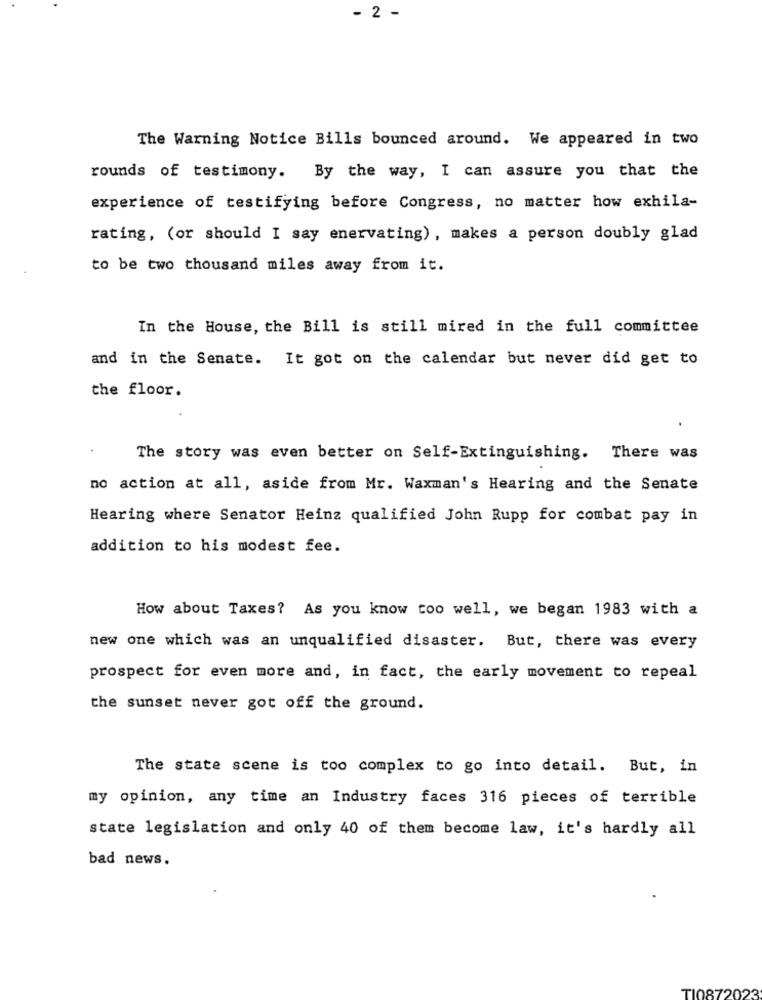
- 2 -
The Warning Notice Bills bounced around. We appeared in two
rounds of testimony. By the way, I can assure you that the
experience of testifying before Congress, no matter how exhila-
rating, (or should I say enervating), makes a person doubly glad
to be two thousand miles away from it.
In the House, the Bill is still mired in the full committee
and in the Senate. It got on the calendar but never did get to
the floor.
The story was even better on Self-Extinguishing. There was
no action at all, aside from Mr. Waxman's Hearing and the Senate
Hearing where Senator Heinz qualified John Rupp for combat pay in
addition to his modest fee.
How about Taxes? As you know too well, we began 1983 with a
new one which was an unqualified disaster. But, there was every
prospect for even more and, in fact, the early movement to repeal
the sunset never got off the ground.
The state scene is too complex to go into detail. But, in
my opinion, any time an Industry faces 316 pieces of terrible
state legislation and only 40 of them become law, it's hardly all
bad news.
TI0872023